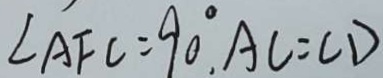
\angle A F C = 9 0 ^ { \circ } , A C = C D